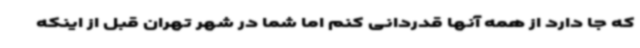
که جا دارد از همه آنها قدردانی کنم اما شما در شهر تهران قبل از اینکه